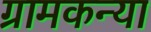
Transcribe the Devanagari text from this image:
ग्रामकन्या